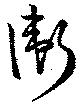
衞